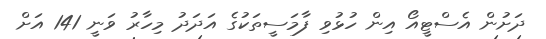
ދަށުން އެސްޓީއޯ އިން ހުޅުވި ފާމަސީތަކުގެ އަދަދު މިހާރު ވަނީ 141 އަށް